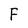
Character: F